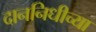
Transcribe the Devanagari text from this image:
दाननिधीच्या